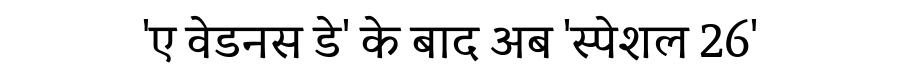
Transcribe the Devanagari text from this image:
'ए वेडनस डे' के बाद अब 'स्पेशल 26'